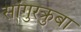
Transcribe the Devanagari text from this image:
सांगुरक्रुबा